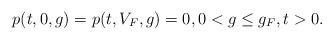
LaTeX: \begin{align*} p(t,0,g)=p(t,V_F,g)=0,0<g\leq g_F,t>0.\end{align*}